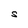
Character: S